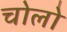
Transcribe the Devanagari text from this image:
चोलो